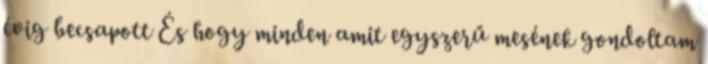
évig becsapott És hogy minden amit egyszerű mesének gondoltam